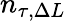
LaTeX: n_{\tau,\Delta L}